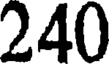
240